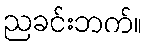
ညခင်းဘက်။